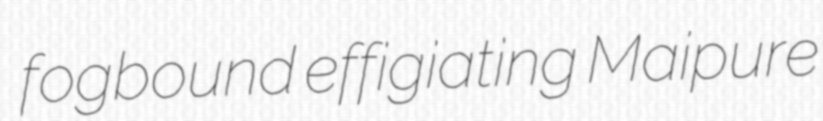
fogbound effigiating Maipure